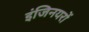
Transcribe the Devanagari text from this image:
इंजिनयरों